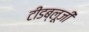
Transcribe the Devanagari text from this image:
टीडब्लूजी